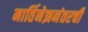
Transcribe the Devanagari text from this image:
मार्तिनेझनंतरची